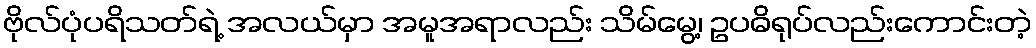
ဗိုလ်ပုံပရိသတ်ရဲ့ အလယ်မှာ အမူအရာလည်း သိမ်မွေ့၊ ဥပဓိရုပ်လည်းကောင်းတဲ့